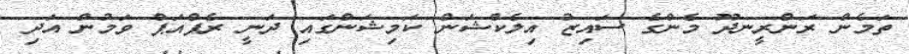
ތަމެން ރަންރީނދޫ މެންގެ ސަައިޒު އިލެކްޝަން ކަމިޝަންގައި ދަނީ ރެޕްއަޕް ވަމުން އަދި